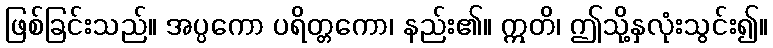
ဖြစ်ခြင်းသည်။ အပ္ပကော ပရိတ္တကော၊ နည်း၏။ ဣတိ၊ ဤသို့နှလုံးသွင်း၍။